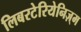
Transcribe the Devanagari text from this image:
लिबरटेरियेनिज़्म